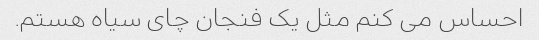
احساس می کنم مثل یک فنجان چای سیاه هستم.